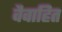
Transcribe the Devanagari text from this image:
वैवाहित